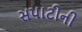
સપાટીની